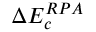
\Delta E _ { c } ^ { R P A }